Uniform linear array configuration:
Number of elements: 48
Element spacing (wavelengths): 0.75
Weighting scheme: binomial
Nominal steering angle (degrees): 0
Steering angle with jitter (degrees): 0.4649
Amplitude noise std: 0.05
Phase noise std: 0.05

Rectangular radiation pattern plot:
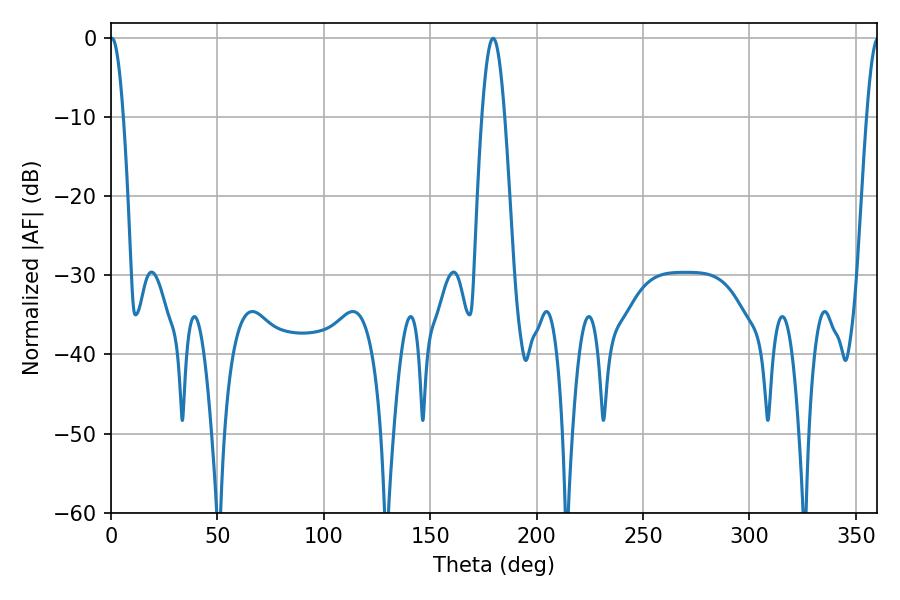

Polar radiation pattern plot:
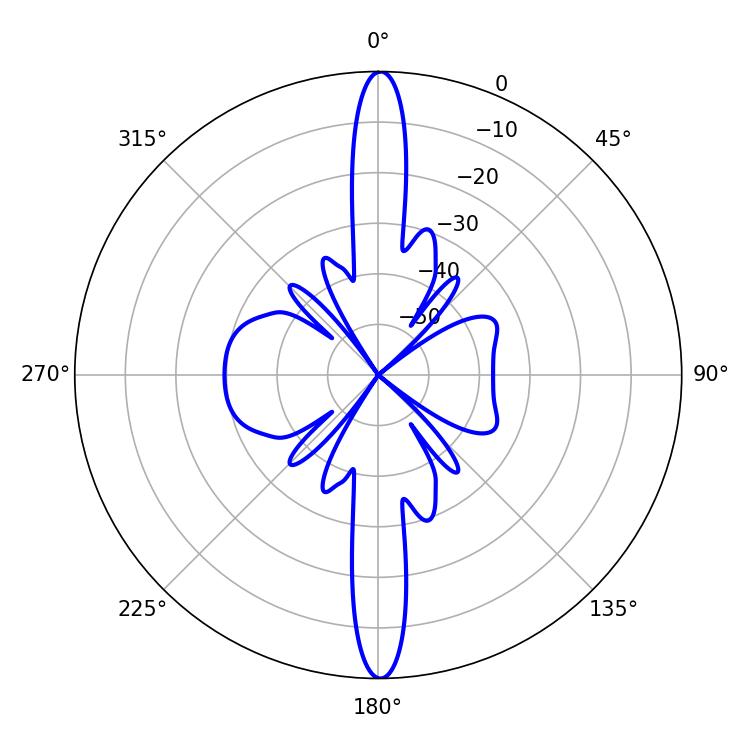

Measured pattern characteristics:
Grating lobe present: TRUE
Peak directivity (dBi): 32.814
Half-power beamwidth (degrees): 3.24
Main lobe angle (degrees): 0.36